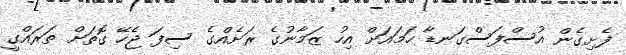
ފެށިގެން އުސްފަސްގަނޑާ ހަމައަށް އިހު ޒަމާނުގެ ރަށެއްގެ ސިފަ ޖެހޭ ގޮތަށް ތަރައްގީ